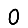
Digit: 0